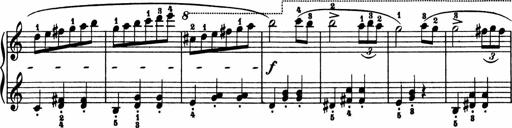
Title: 2 Sonatinen
Composer: Lambertus Adrianus van Tetterode